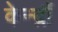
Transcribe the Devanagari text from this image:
केन्द्रौं